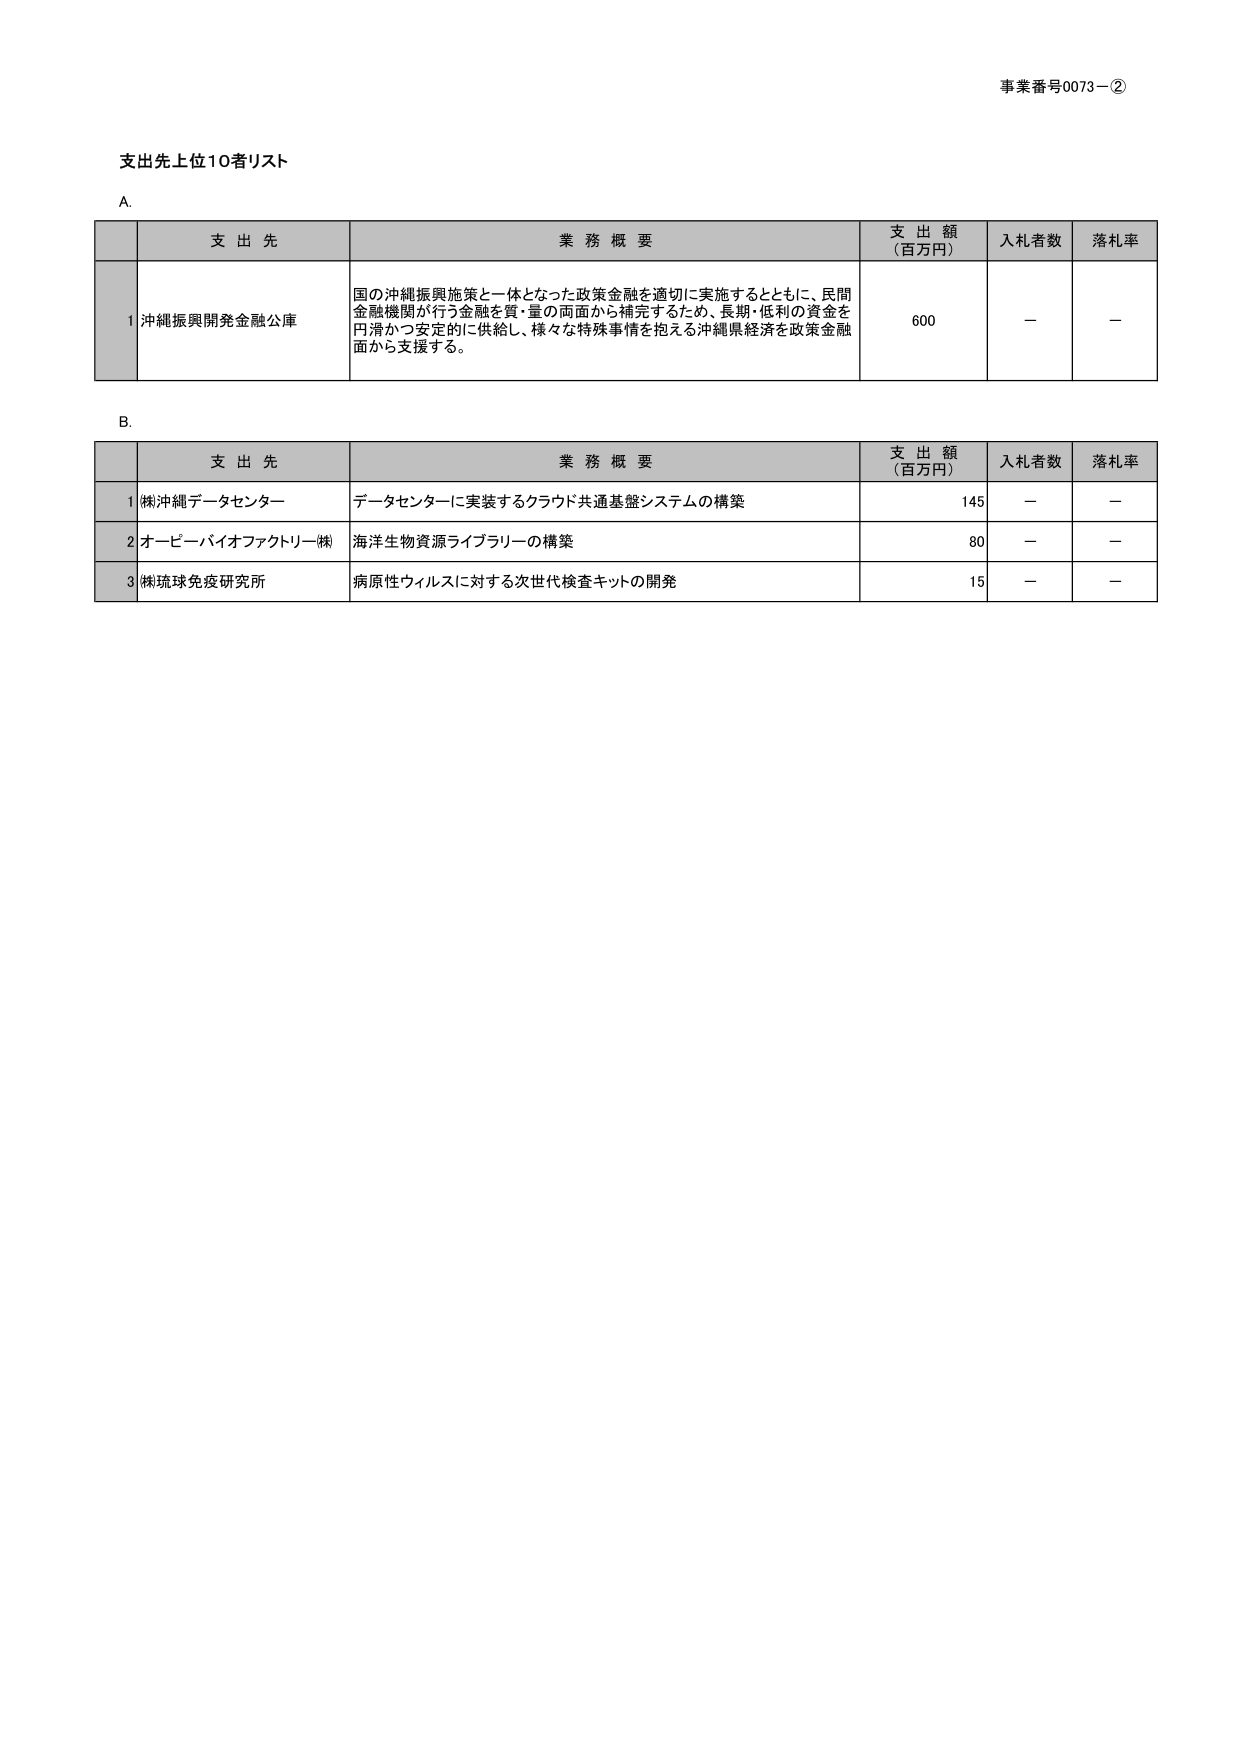
事業番号0073－②

支出先上位10者リスト

A.

支 出 先 業 務 概 要 支 出 額 （百万円） 入札者数 落札率
1 沖縄振興開発金融公庫 国の沖縄振興施策と一体となった政策金融を適切に実施するとともに、民間金融機関が行う金融を質・量の両面から補完するため、長期・低利の資金を円滑かつ安定的に供給し、様々な特殊事情を抱える沖縄県経済を政策金融面から支援する。 600 － －

B.

支 出 先 業 務 概 要 支 出 額 （百万円） 入札者数 落札率
1 (株)沖縄データセンター データセンターに実装するクラウド共通基盤システムの構築 145 － －
2 オービーバイオファクトリー(株) 海洋生物資源ライブラリーの構築 80 － －
3 (株)琉球免疫研究所 病原性ウィルスに対する次世代検査キットの開発 15 － －